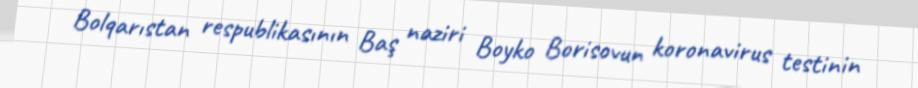
Bolqarıstan respublikasının Baş naziri Boyko Borisovun koronavirus testinin